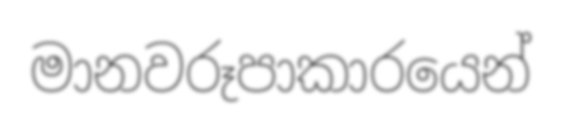
මානවරූපාකාරයෙන්